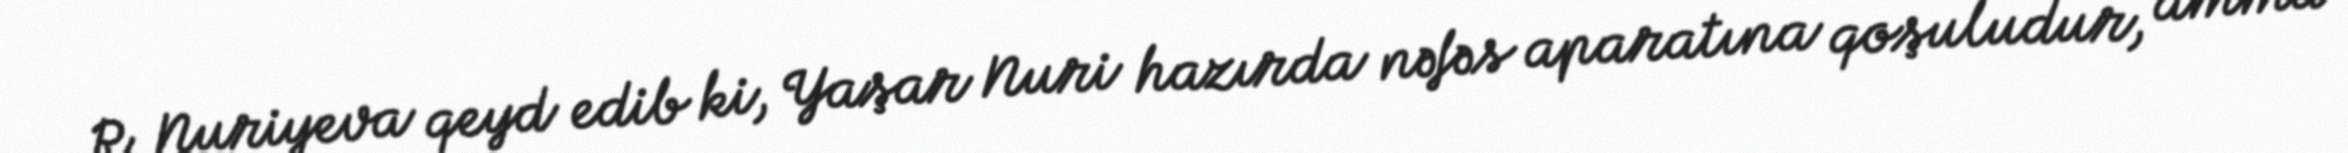
R. Nuriyeva qeyd edib ki, Yaşar Nuri hazırda nəfəs aparatına qoşuludur, amma